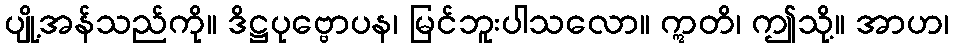
ပျို့အန်သည်ကို။ ဒိဋ္ဌပုဗ္ဗောပန၊ မြင်ဘူးပါသလော။ ဣတိ၊ ဤသို့။ အာဟ၊